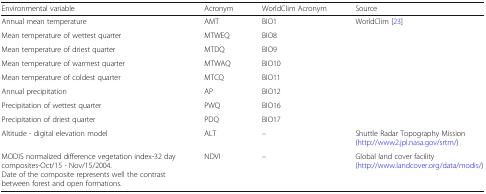
<table><thead><tr><td><b>Environmental variable</b></td><td><b>Acronym</b></td><td><b>WorldClim Acronym</b></td><td><b>Source</b></td></tr></thead><tbody><tr><td>Annual mean temperature</td><td>AMT</td><td>BIO1</td><td rowspan="8">WorldClim [23]</td></tr><tr><td>Mean temperature of wettest quarter</td><td>MTWEQ</td><td>BIO8</td></tr><tr><td>Mean temperature of driest quarter</td><td>MTDQ</td><td>BIO9</td></tr><tr><td>Mean temperature of warmest quarter</td><td>MTWAQ</td><td>BIO10</td></tr><tr><td>Mean temperature of coldest quarter</td><td>MTCQ</td><td>BIO11</td></tr><tr><td>Annual precipitation</td><td>AP</td><td>BIO12</td></tr><tr><td>Precipitation of wettest quarter</td><td>PWQ</td><td>BIO16</td></tr><tr><td>Precipitation of driest quarter</td><td>PDQ</td><td>BIO17</td></tr><tr><td>Altitude - digital elevation model</td><td>ALT</td><td>–</td><td>Shuttle Radar Topography Mission (http://www2.jpl.nasa.gov/srtm/)</td></tr><tr><td>MODIS normalized difference vegetation index-32 day composites-Oct/15 - Nov/15/2004. Date of the composite represents well the contrast between forest and open formations.</td><td>NDVI</td><td>–</td><td>Global land cover facility (http://www.landcover.org/data/modis/)</td></tr></tbody></table>